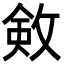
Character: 㪘